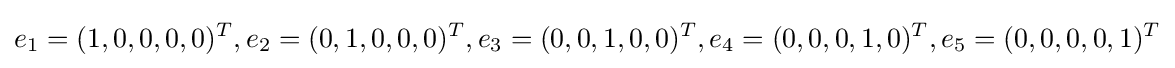
e_{1}=(1,0,0,0,0)^{T},e_{2}=(0,1,0,0,0)^{T},e_{3}=(0,0,1,0,0)^{T},e_{4}=(0,0,0,1,0)^{T},e_{5}=(0,0,0,0,1)^{T}